Civil Veterinary Department Bihar & Orissa reports 1922-29 - 1922-1929
Year: 1922
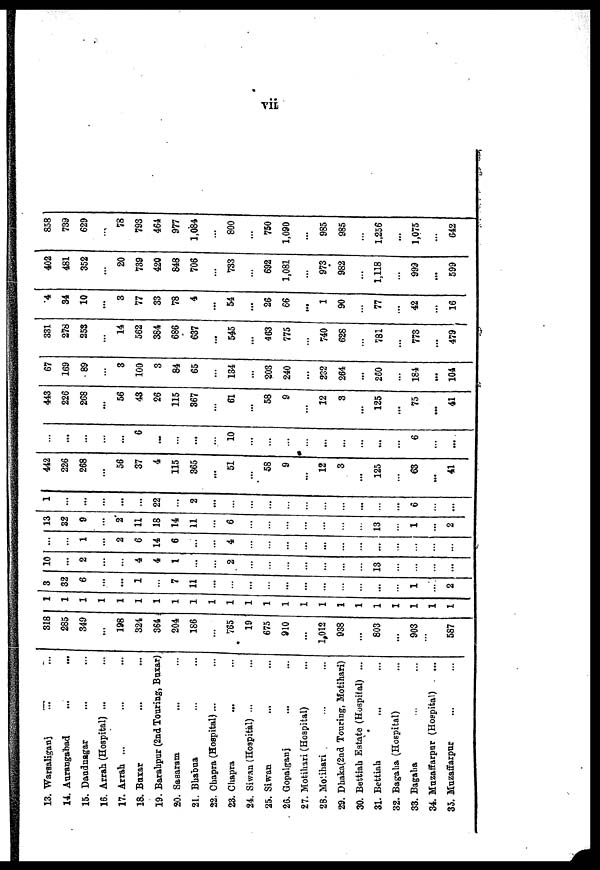
vii
13. Warsaliganj
14. Aurangabad
...
...
15. Daudnagar
16. Arrah (Hospital) ...
17. Arrah ...
18. Baxar
19. Barahpur (2nd Touring, Buxar)
20. Sasaram
21. Bhabua
22. Chapra (Hospital)...
23.
Chapra
...
24. Siwan (Hospital) ...
25. Siwan
26. Gopalganj
27. Motihari (Hospital)
28. Motihari
29. Dhaka(2nd Touring, Motihari)
30. Bettiah Estate (Hospital) ...
31. Bettiah
32. Bagaha (Hospital)
33. Bagaha
34. Muzaffarpur (Hospital)
35. Muzaffarpur
318
285
349
...
198
324
364
204
186
765
19
675
910
...
1,012
938
...
803
...
903
587
1
1
1
1
1
1
1
1
1
1
1
1
1
1
1
1
1
1
1
1
1
1
1
3 ...
...
...
...
...
...
...
...
...
...
...
...
...
...
...
...
...
...
...
...
...
...
...
32
6
...
...
1
...
7
11
...
...
...
...
...
...
...
...
...
...
...
1
...
2
10
...
2
...
...
4
4
1
...
...
2
...
...
...
...
...
...
...
13
...
...
...
...
...
...
1
...
2
6
14
6
...
...
4
...
...
...
...
...
...
...
...
...
...
...
13
32
9
...
2
11
18
14
11
...
6
...
...
...
...
...
...
...
13
...
1
...
2
1
...
...
...
...
...
22
...
2
...
...
...
...
...
...
...
...
...
...
...
6
...
...
442
226
268
...
56
37
4
115
365
...
51
...
58
9
...
12
3
...
125
...
63
...
41
...
...
...
...
6
...
...
...
...
10
...
...
...
...
...
...
...
...
...
6
...
...
443
226
268
...
56
43
26
115
367
...
61
...
58
9
...
12
3
...
125
...
75
...
41
67
169
89
...
3
100
3
84
65
...
134
...
203
240
...
232
264
...
260
...
184
...
104
331
278
25S
...
14
562
384
686
637
...
545
...
463
775
...
740
628
...
781
...
773
...
479
4
34
10
...
3
77
33
78
4
...
54
...
26
66
...
1
90
...
77
...
42
...
16
402
481
352
...
20
739
420
848
706
...
733
...
692
1,081
...
973
982
...
1,118
...
999
...
599
858
739
629
...
78
793
464
977
1,084
...
800
...
750
1,090
...
985
985
...
1,256
...
1,075
...
642